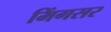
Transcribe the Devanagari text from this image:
मिंगसर